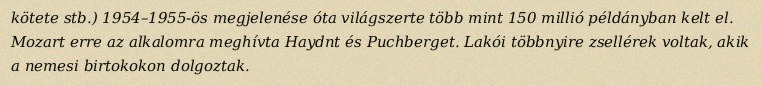
kötete stb.) 1954–1955-ös megjelenése óta világszerte több mint 150 millió példányban kelt el. Mozart erre az alkalomra meghívta Haydnt és Puchberget. Lakói többnyire zsellérek voltak, akik a nemesi birtokokon dolgoztak.